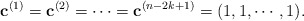
\begin{align*} \mathbf{c}^{(1)}=\mathbf{c}^{(2)}=\cdots=\mathbf{c}^{(n-2k+1)}=(1,1,\cdots,1). \end{align*}